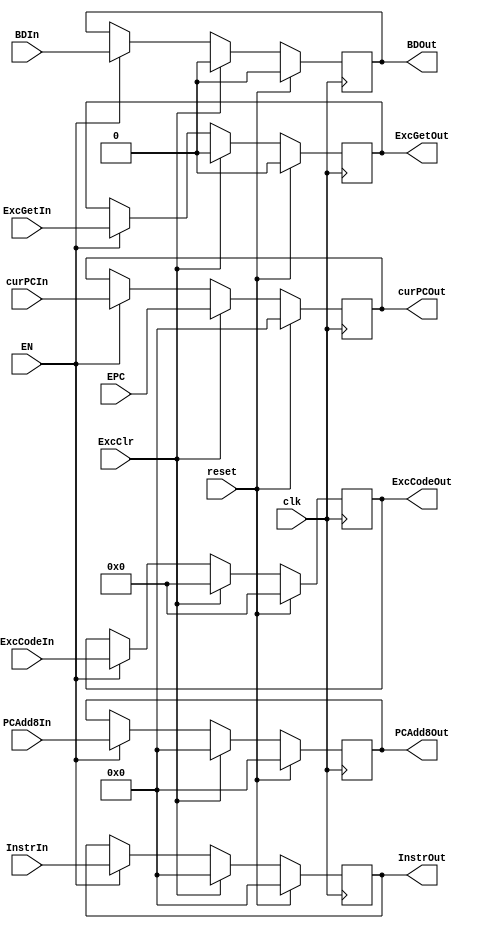
`timescale 1ns / 1ps
//////////////////////////////////////////////////////////////////////////////////
// Company: 
// Engineer: 
// 
// Design Name: 
// Module Name:    FDreg 
// Project Name: 
// Target Devices: 
// Tool versions: 
// Description: 
//
// Dependencies: 
//
// Revision: 
// Revision 0.01 - File Created
// Additional Comments: 
//
//////////////////////////////////////////////////////////////////////////////////
module FDreg(
	input clk,
	input reset,
	input ExcClr,
	input EN,
    input [31:0] InstrIn,
    input [31:0] PCAdd8In,
	input [31:0] curPCIn,
	input BDIn,
	input ExcGetIn,
	input [4:0] ExcCodeIn,
    output [31:0] InstrOut,
    output [31:0] PCAdd8Out,
	output [31:0] curPCOut,
	output BDOut,
	output ExcGetOut,
	output [4:0]ExcCodeOut,
	
	input [31:0] EPC
    );
	
	reg [31:0] Instr=0,PCAdd8=0,curPC=0;
	reg BD=0;
	reg ExcGet=0;
	reg [4:0] ExcCode=0;
	
	assign InstrOut=Instr;
	assign PCAdd8Out=PCAdd8;
	assign curPCOut=curPC;
	assign BDOut=BD;
	assign ExcGetOut=ExcGet;
	assign ExcCodeOut=ExcCode;
	
	always @ (posedge clk)
	begin
		if(reset)
		begin
			Instr<=0;
			PCAdd8<=0;
			curPC<=0;
			BD<=0;
			ExcGet<=0;
			ExcCode<=0;
		end
		else if(ExcClr)
		begin
			Instr<=0;
			PCAdd8<=0;
			curPC<=EPC;
			BD<=0;
			ExcGet<=0;
			ExcCode<=0;
		end
		else
		begin
			if(EN)
			begin
				Instr<=InstrIn;
				PCAdd8<=PCAdd8In;
				curPC<=curPCIn;
				BD<=BDIn;
				ExcGet<=ExcGetIn;
				ExcCode<=ExcCodeIn;
			end
		end
	end
	
endmodule